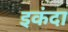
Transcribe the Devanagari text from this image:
इकंदा